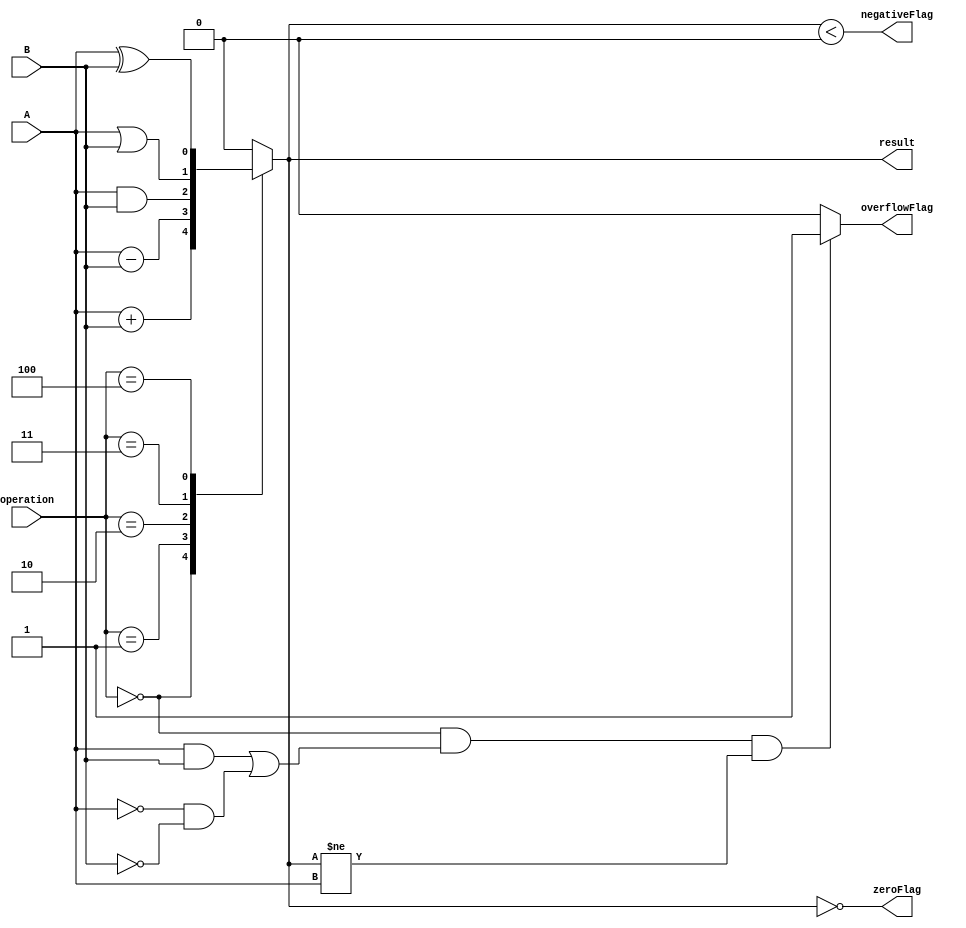
module ALU_1bit (
    input wire A,
    input wire B,
    input wire [2:0] operation,
    output wire result,
    output wire zeroFlag,
    output wire negativeFlag,
    output wire overflowFlag
);

reg result;
reg zeroFlag;
reg negativeFlag;
reg overflowFlag;

always @ (A, B, operation) begin
    case(operation)
        3'b000: result = A + B; // addition
        3'b001: result = A - B; // subtraction
        3'b010: result = A & B; // bitwise AND
        3'b011: result = A | B; // bitwise OR
        3'b100: result = A ^ B; // bitwise XOR
        default: result = 1'b0; // default to zero
    endcase

    zeroFlag = (result == 1'b0); // check if result is zero
    negativeFlag = (result < 1'b0); // check if result is negative

    // Check for overflow during addition
    if(operation == 3'b000 && (A == 1'b1 && B == 1'b1 || A == 1'b0 && B == 1'b0) && result != A)
        overflowFlag = 1'b1;
    else
        overflowFlag = 1'b0;
end

endmodule